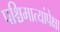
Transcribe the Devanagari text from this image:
पश्चिमात्यांपेक्षा